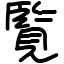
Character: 覧